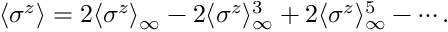
\langle \sigma ^ { z } \rangle = 2 \langle \sigma ^ { z } \rangle _ { \infty } - 2 \langle \sigma ^ { z } \rangle _ { \infty } ^ { 3 } + 2 \langle \sigma ^ { z } \rangle _ { \infty } ^ { 5 } - \cdots .